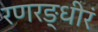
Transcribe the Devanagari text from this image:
रणरङ्धीरं